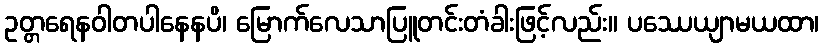
ဥတ္တရေနဝါတပါနေနပိ၊ မြောက်လေသာပြူတင်းတံခါးဖြင့်လည်း။ ပဿေယျာမယထာ၊